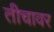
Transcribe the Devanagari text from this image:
तीचावर